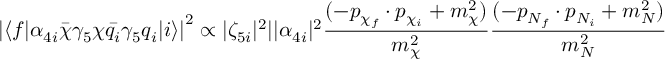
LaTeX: \left| \langle f | \alpha _ { 4 i } \bar { \chi } \gamma _ { 5 } \chi \bar { q _ { i } } \gamma _ { 5 } q _ { i } | i \rangle \right| ^ { 2 } \propto | \zeta _ { 5 i } | ^ { 2 } | | \alpha _ { 4 i } | ^ { 2 } \frac { ( - p _ { \chi _ { f } } \cdot p _ { \chi _ { i } } + m _ { \chi } ^ { 2 } ) } { m _ { \chi } ^ { 2 } } \frac { ( - p _ { N _ { f } } \cdot p _ { N _ { i } } + m _ { N } ^ { 2 } ) } { m _ { N } ^ { 2 } }